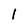
Character: 1